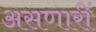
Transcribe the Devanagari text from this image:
असणारीं